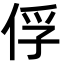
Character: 俘